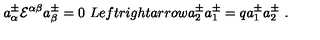
a _ { \alpha } ^ { \pm } { \cal E } ^ { \alpha \beta } a _ { \beta } ^ { \pm } = 0 \ L e f t r i g h t a r r o w a _ { 2 } ^ { \pm } a _ { 1 } ^ { \pm } = q a _ { 1 } ^ { \pm } a _ { 2 } ^ { \pm } \ .